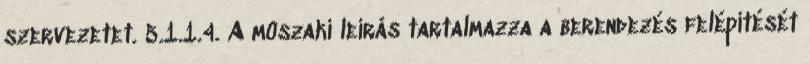
szervezetet. 5.1.1.4. A mûszaki leírás tartalmazza a berendezés felépítését